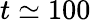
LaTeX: t\simeq 100